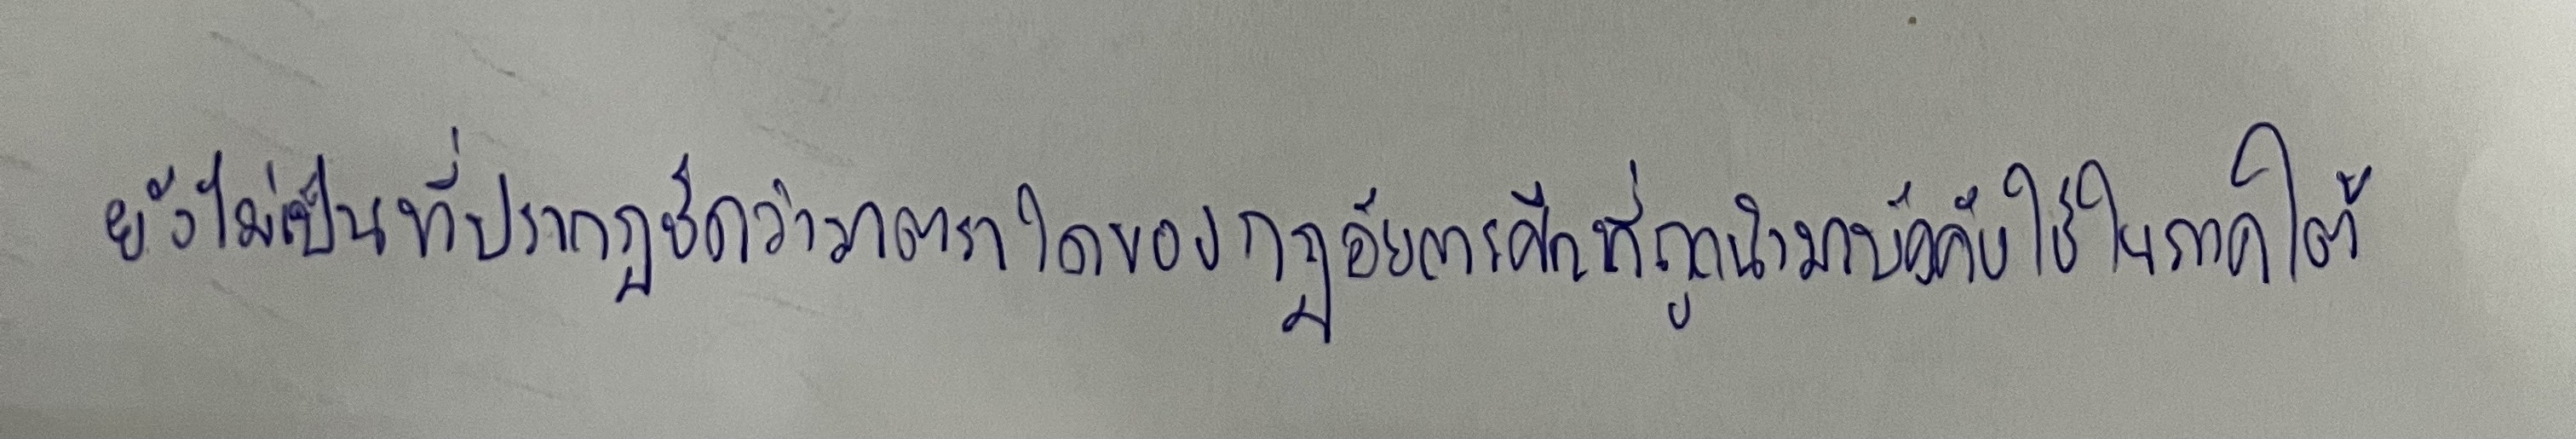
ยังไม่เป็นที่ปรากฏชัดว่ามาตราใดของกฏอัยการศึกที่ถูกนำมาบังคับใช้ในภาคใต้